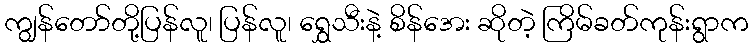
ကျွန်တော်တို့ပြန်လူ၊ ပြန်လူ၊ ရွှေသီးနဲ့ စိန်အေး ဆိုတဲ့ ကြိမ်ခတ်ကုန်းရွာက